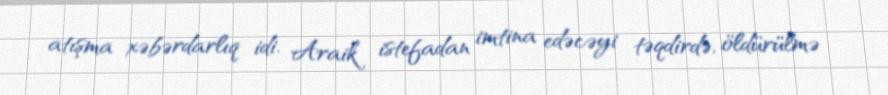
atışma xəbərdarlıq idi. Araik istefadan imtina edəcəyi təqdirdə, öldürülmə